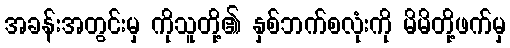
အခန်းအတွင်းမှ ကိုသူတို့၏ နှစ်ဘက်စလုံးကို မိမိတို့ဖက်မှ